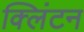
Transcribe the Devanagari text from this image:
क्‍लिंटन